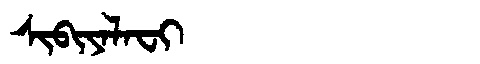
Manchu: ᠰᡳᠪᡳᠶᠠᠯᠠᠸᡳ
Romanization: SIBIYALAFI